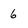
Character: 6